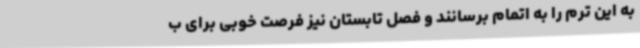
به این ترم را به اتمام برسانند و فصل تابستان نیز فرصت خوبی برای ب